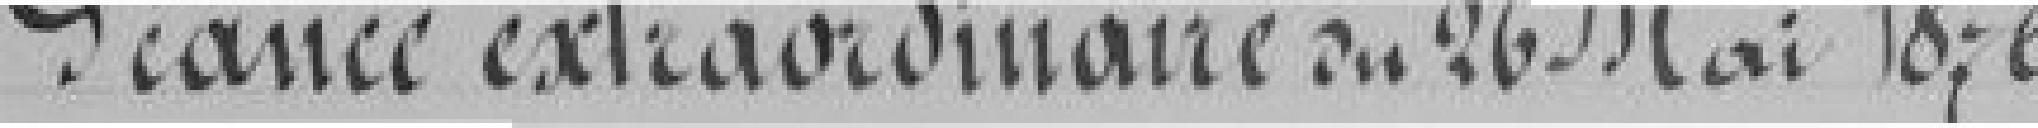
Séance extraordinaire du 26 Mai 1876